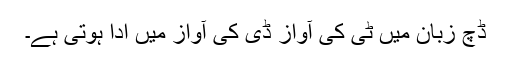
ڈچ زبان میں ٹی کی آواز ڈی کی آواز میں ادا ہوتی ہے۔